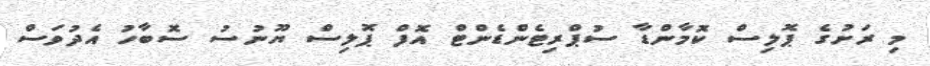
މި ރަށުގެ ޕޮލިސް ކޮމާންޑާ ސުޕްރިޓެންޑެންޓް އޮފް ޕޮލިސް ޔޫނުސު ސޮބާހު އެދުވަސް